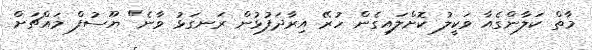
މާތް ކަލާންގެއާ ވަކީލު ކޮށްލައިގެން ހުރޭ އިރާދަފުޅުން ރަނގަޅު ވާނެ" ޔޫސުފް މައްޗަށް